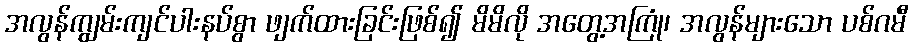
အလွန်ကျွမ်းကျင်ပါးနပ်စွာ ဖျက်ထားခြင်းဖြစ်၍ မိမိလို အတွေ့အကြုံ၊ အလွန်များသော ပစ်ဂမီ